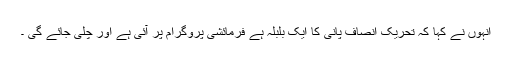
انہوں نے کہا کہ تحریک انصاف پانی کا ایک بلبلہ ہے فرمائشی پروگرام پر آئی ہے اور چلی جائے گی ۔